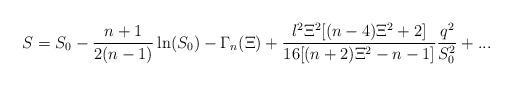
LaTeX: \begin{align*}S=S_0-\frac{n+1}{2(n-1)}\ln (S_0)-\Gamma _n(\Xi )+\frac{l^2\Xi ^2[(n-4)\Xi^2+2]}{16[(n+2)\Xi ^2-n-1]}\frac{q^2}{S_0^2}+... \end{align*}